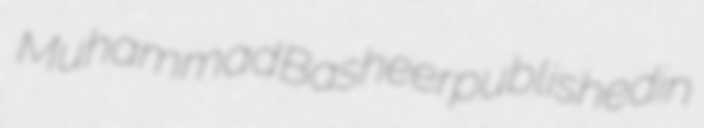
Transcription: Muhammad Basheer published in